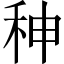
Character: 𥞁